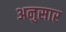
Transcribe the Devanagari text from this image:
अनुसार